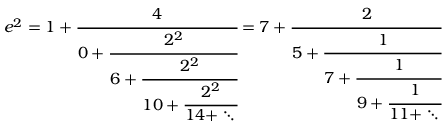
e ^ { 2 } = 1 + { \cfrac { 4 } { 0 + { \cfrac { 2 ^ { 2 } } { 6 + { \cfrac { 2 ^ { 2 } } { 1 0 + { \cfrac { 2 ^ { 2 } } { 1 4 + \ddots \, } } } } } } } } = 7 + { \cfrac { 2 } { 5 + { \cfrac { 1 } { 7 + { \cfrac { 1 } { 9 + { \cfrac { 1 } { 1 1 + \ddots \, } } } } } } } }